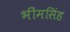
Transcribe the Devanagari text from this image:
भींमसिंह